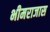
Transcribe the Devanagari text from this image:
भीमराजास